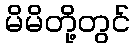
မိမိတို့တွင်